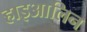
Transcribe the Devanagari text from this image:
हाइआलिन